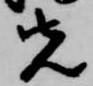
先